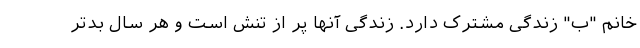
خانم "ب" زندگی مشترک دارد. زندگی آنها پر از تنش است و هر سال بدتر